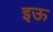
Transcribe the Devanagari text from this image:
इऊ